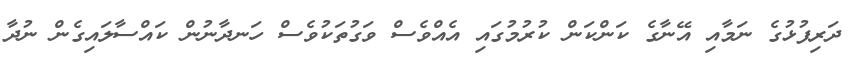
ދަރިފުޅުގެ ނަމާއި އޭނާގެ ކަންކަން ކުރުމުގައި އެއްވެސް ވަގުތަކުވެސް ހަނދާނުން ކައްސާލައިގެން ނުދާ